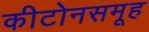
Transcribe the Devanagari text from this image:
कीटोनसमूह